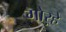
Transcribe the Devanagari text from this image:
गोऱ्हे